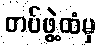
တပ်ဖွဲ့ထံမှ